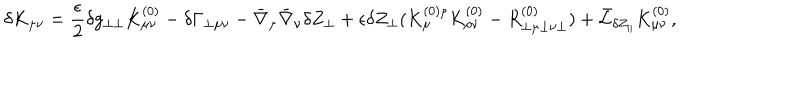
\delta K _ { \mu \nu } = \frac { \epsilon } { 2 } \delta g _ { \perp \perp } K _ { \mu \nu } ^ { ( 0 ) } - \delta \Gamma _ { \perp \mu \nu } - \bar { \nabla } _ { \mu } \bar { \nabla } _ { \nu } \delta Z _ { \perp } + \epsilon \delta Z _ { \perp } ( K _ { \mu } ^ { ( 0 ) \rho } K _ { \rho \nu } ^ { ( 0 ) } - R _ { \perp \mu \perp \nu \perp } ^ { ( 0 ) } ) + \bar { \cal L } _ { \delta Z _ { \parallel } } K _ { \mu \nu } ^ { ( 0 ) } ,